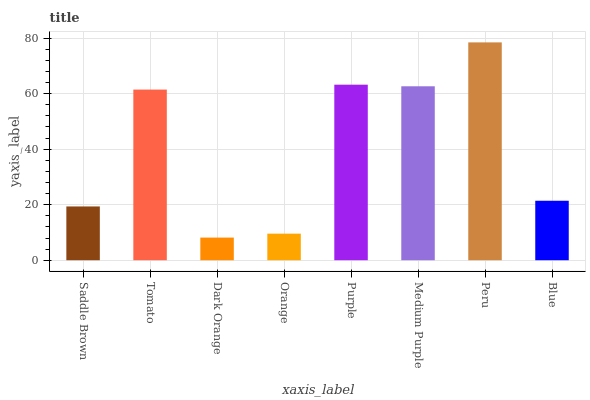
| xaxis_label | bars |
 | --- | --- |
 | Saddle Brown | 19.4 |
 | Tomato | 61.4 |
 | Dark Orange | 8.16 |
 | Orange | 9.57 |
 | Purple | 63.2 |
 | Medium Purple | 62.6 |
 | Peru | 78.4 |
 | Blue | 21.4 |